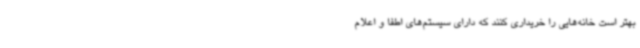
بهتر است خانه‌هایی را خریداری کنند که دارای سیستم‌های اطفا و اعلام